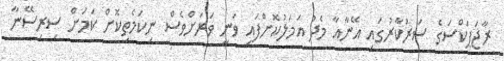
ރާޖަޕަކްސަގެ ސަރުކާރުގައި އޭނާއާ މެދު އަމަލުކޮށްފައި ވަނީ ވަރަށްވެސް ނިކަމެތިކޮށް ކަމަށް ސިރިސޭނާ